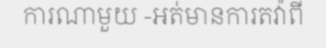
ការណាមួយ -អត់មានការតវ៉ាពី